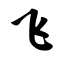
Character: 飞